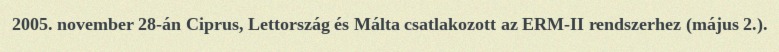
2005. november 28-án Ciprus, Lettország és Málta csatlakozott az ERM-II rendszerhez (május 2.).